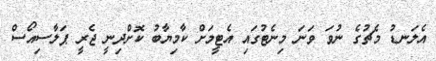
އެލަނޑު މެޗުގެ ނުވަ ވަނަ މިނެޓުގައި އެޓީމަށް ކާމިޔާބު ކޮށްދިނީ ޖެރީ ޕަލާސިއޯސް